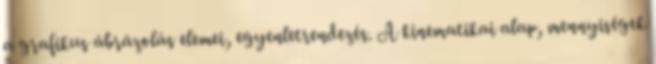
a grafikus ábrázolás elemei, egyenletrendezés. A kinematikai alap, mennyiségek